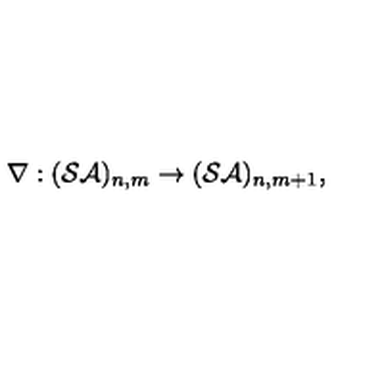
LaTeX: \nabla : ( { \cal S A } ) _ { n , m } \rightarrow ( { \cal S A } ) _ { n , m + 1 } ,